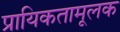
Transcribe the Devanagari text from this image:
प्रायिकतामूलक